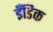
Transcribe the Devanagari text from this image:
इँडिक